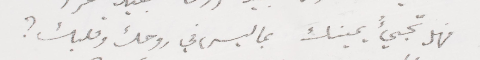
فهي تجيء يمينك، بما ليس في روحك وقلبك؟